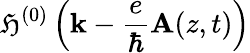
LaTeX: \mathfrak{H}^{(0)}\left({\mathbf{k}}-\frac{{e}}{{\hbar}}{\mathbf{A}}(z,t)\right)